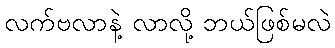
လက်ဗလာနဲ့ လာလို့ ဘယ်ဖြစ်မလဲ